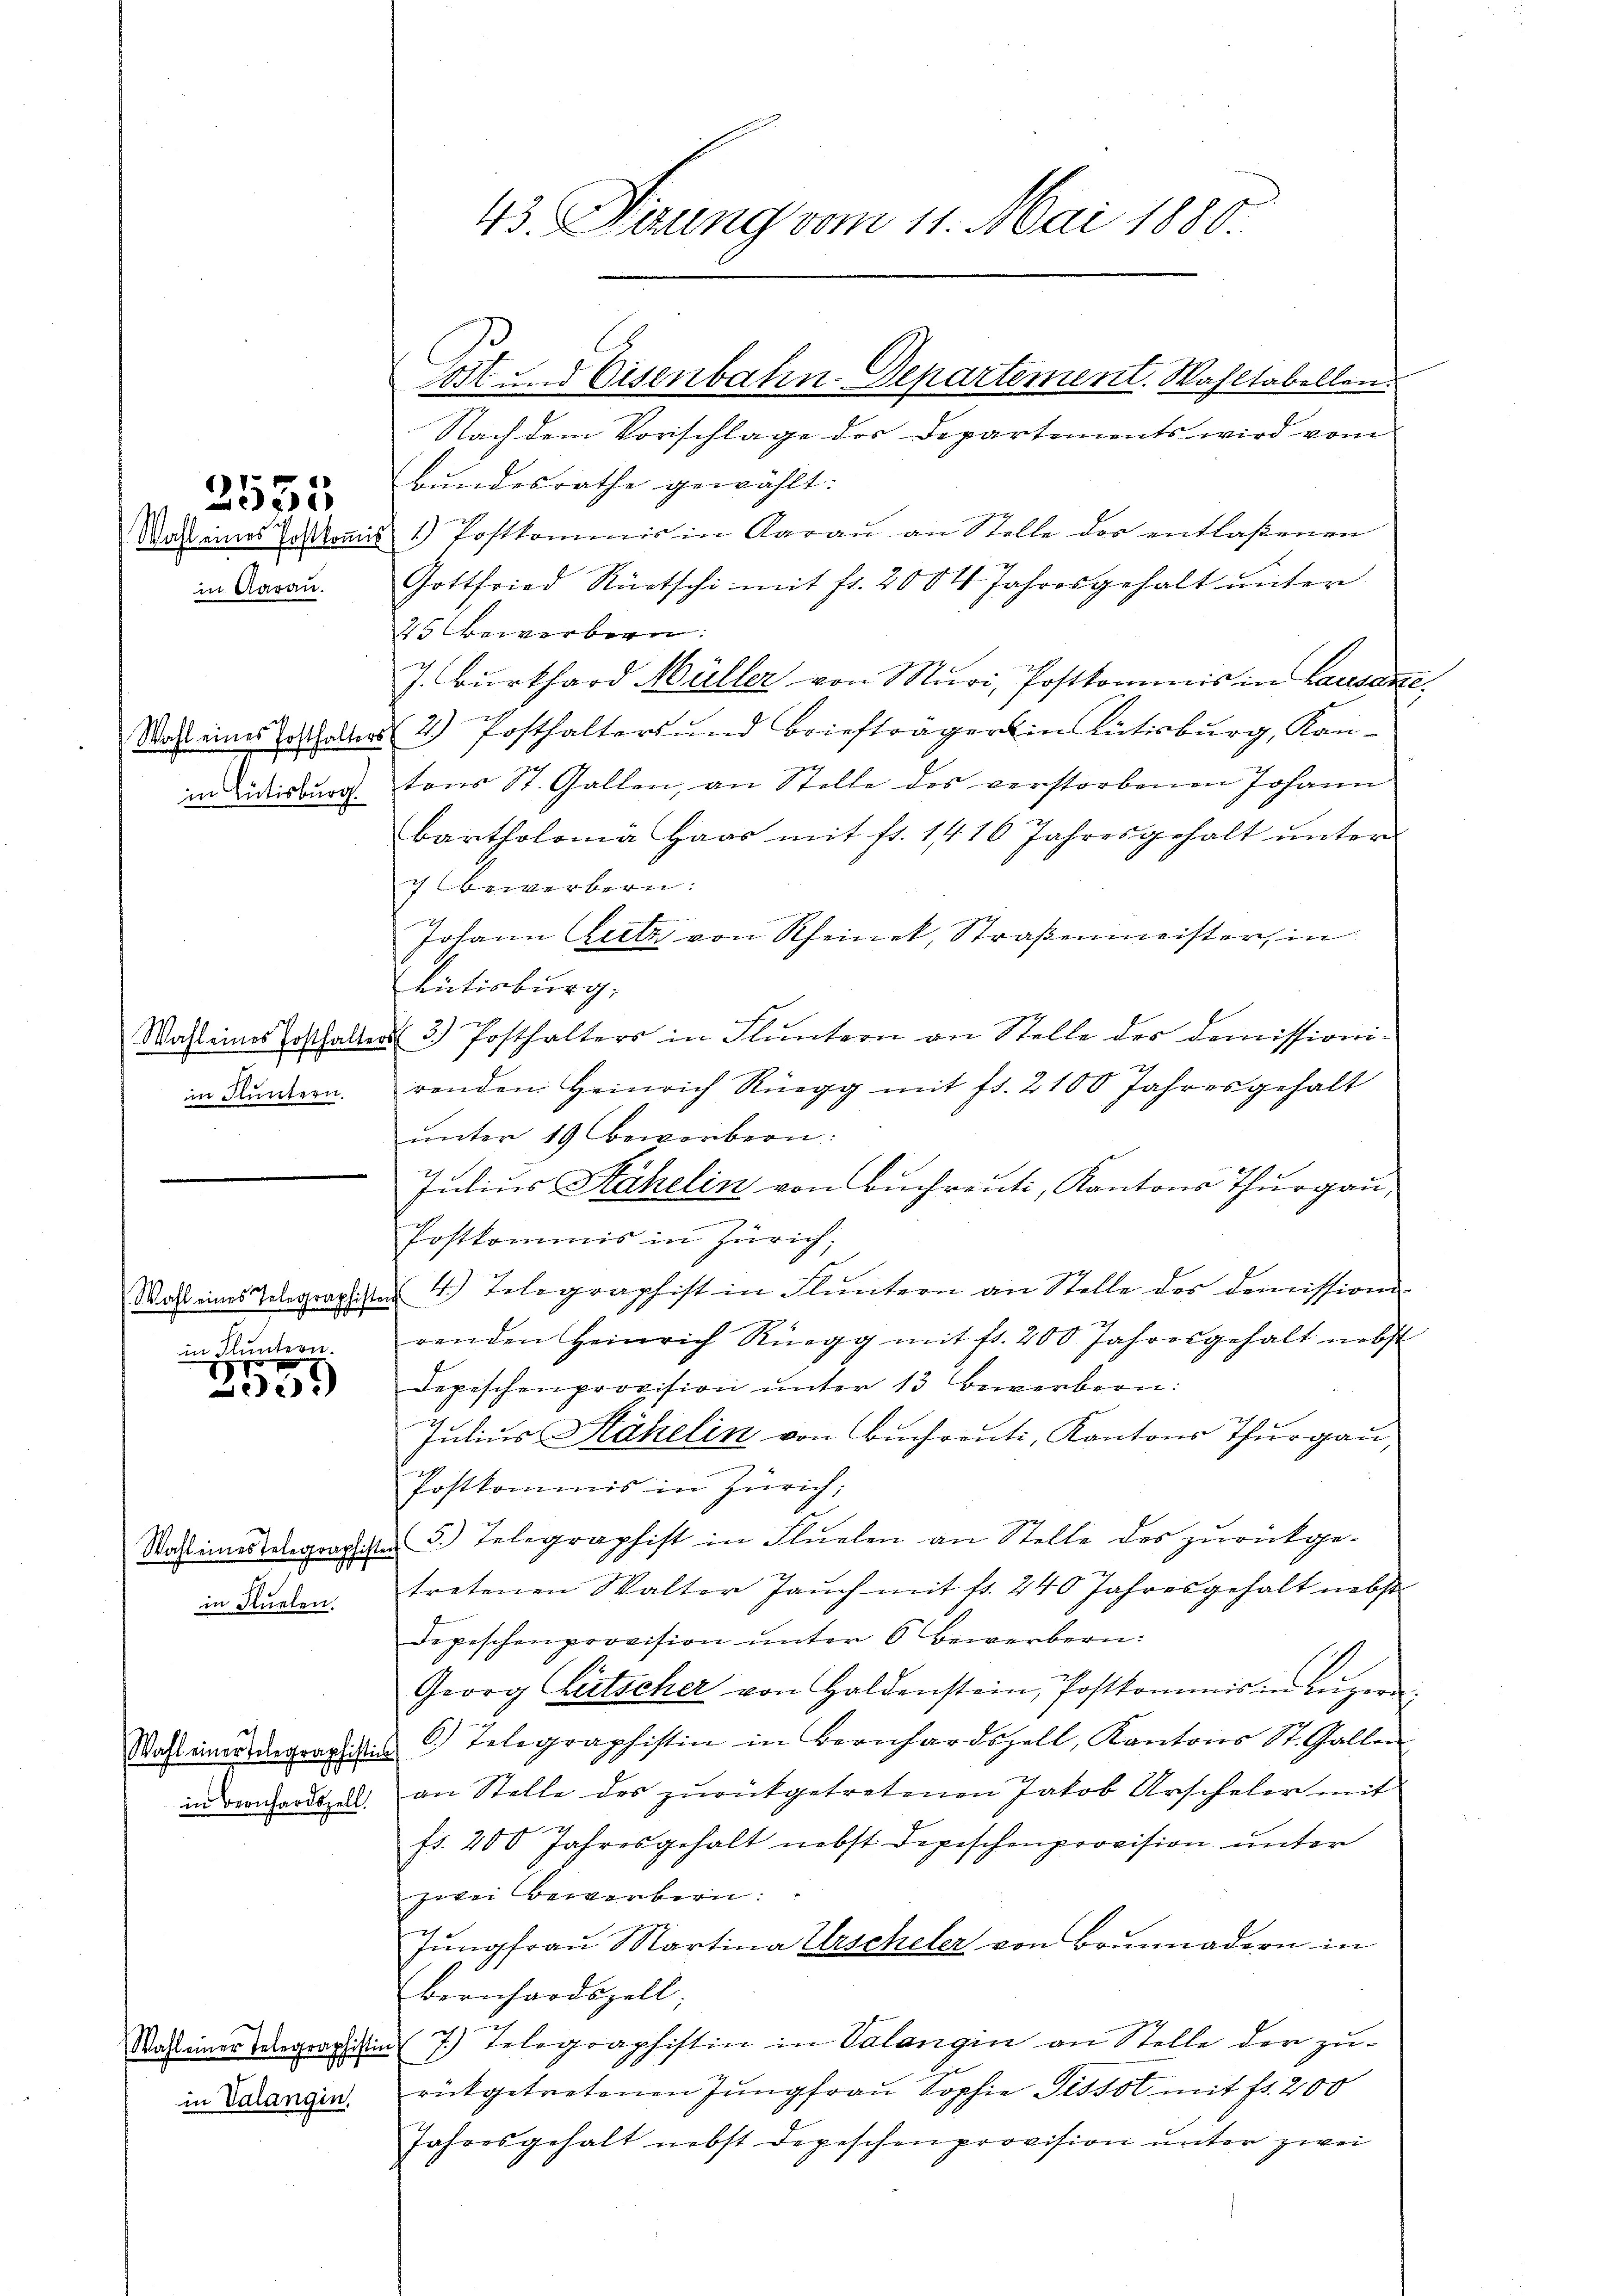
Wahl eines Postkommis
in Aarau.

2555

Wahl eines Posthalters.
in Rütisburg.

Wahl eines Posthalte
im Fluntern.

Wahl eines Telegraphist.

in Fluntern.
p
2

Wahl eines Telegraphist
in Flüelen.

Wahl einer telegraphisti
in Bernhardszell.

Wahl einer Telegraphisti
in Valangin.

43. Dierung vom 11. Mai 1880

Nach dem Vorschlage des Departements wird vom
Bundesrathe gewählt:
1) Postkommis in Aarau an Stelle der entlaßenen
Gottfried Rüetschi mit fr. 2004 Jahresgehalt unter
25 bewerbern:
7. Burkhard Müller von Muri, Postkommis in Lausane
2) Posthalters und Briefträgers in Rütisburg, Kontons St. Gallen, an Stelle des verstorbenen Johann
bartholomä Haas mit fr. 1410 Jahresgehalt unter
7 bewerbern:

Johann ietz von Rheinet, Straßenmeister, in
Rütisburg,
3.) Posthalters in Fluntern an Stelle des Domissioni¬
2
renden Heinrich Rüegg mit fr. 2100 Jahres gehalt
unter 19 bewerbern.
Julius Stahelin von buchreuti, Kantons Thurgau,
Postkommis in Zürich;
4.) Telegraphist in Fluntern an Stelle des demissione
renden Heinrich Rüegg mit fr. 200 Jahresgehalt nebst
Depischenprovision unter 13 Bewerbern:
Julius Käkelin von Buchreut, Kantons Thurgau,
Postkommis in Zürich,
3.) Telegraphist in Flüelen an Stelle des zurückgetretenen Walter Jauch mit fr. 240 Jahresgehalt nebst
Depeschenprovision unter 6 bewerbern:
Georg Witscher von Haldenstein, Postkommis in Lügen
6.) Telegraphistin in Bernhardszell, Kantons St. Gallen
an Stelle des zurükgetretenen Jakob Urscheler mit
fr. 200 Jahresgehalt nebst Depeschenprovision unter
zwei Bewerbern.
Jŭngfraŭ Martina Urscheler von Brŭnnadern in
Bernhardszell
7.) Telegraphistin in Valangin an Stelle der zurütgetretenen Jŭngfrau Sophie Pissot mit fr. 200
Jahresgehalt nebst Depeschen provision unter zwei

Post. Hisenbahn-Departement. Wahltabellen.